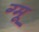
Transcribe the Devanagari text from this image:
ग्‍मू